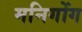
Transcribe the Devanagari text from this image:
मनिगोंग